Annual report of the Madras Medical College
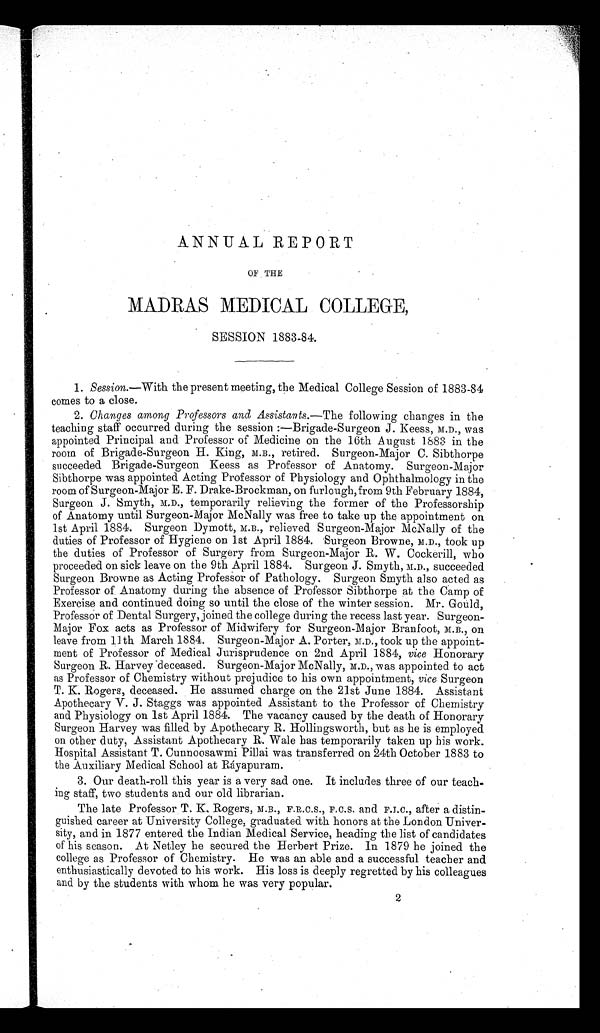
ANNUAL REPORT
OF THE
MADRAS MEDICAL COLLEGE,
SESSION 1883-84.
1. Session.—With the present meeting, the Medical College Session of 1883-84
comes to a close.
2. Changes among Professors and Assistants.— The following changes in the
teaching staff occurred during the session :—Brigade-Surgeon J. Keess, M.D., was
appointed Principal and Professor of Medicine on the 16th August 1883 in the
room of Brigade-Surgeon H. King, M.B., retired. Surgeon-Major C. Sibthorpe
succeeded Brigade-Surgeon Keess as Professor of Anatomy. Surgeon-Major
Sibthorpe was appointed Acting Professor of Physiology and Ophthalmology in the
room of Surgeon-Major E. F. Drake-Brockman, on furlough, from 9th February 1884,
Surgeon J. Smyth, M.D., temporarily relieving the former of the Professorship
of Anatomy until Surgeon-Major McNally was free to take up the appointment on
1st April 1884. Surgeon Dymott, M.B., relieved Surgeon-Major McNally of the
duties of Professor of Hygiene on 1st April 1884. Surgeon Browne, M.D., took up
the duties of Professor of Surgery from Surgeon-Major R. W. Cockerill, who
proceeded on sick leave on the 9th April 1884. Surgeon J. Smyth, M.D., succeeded
Surgeon Browne as Acting Professor of Pathology. Surgeon Smyth also acted as
Professor of Anatomy during the absence of Professor Sibthorpe at the Camp of
Exercise and continued doing so until the close of the winter session. Mr. Gould,
Professor of Dental Surgery, joined the college during the recess last year. Surgeon-
Major Fox acts as Professor of Midwifery for Surgeon-Major Branfoot, M.B., on
leave from 11th March 1884. Surgeon-Major A. Porter, M.D., took up the appoint-
ment of Professor of Medical Jurisprudence on 2nd April 1884, vice Honorary
Surgeon R. Harvey deceased. Surgeon-Major McNally, M.D., was appointed to act
as Professor of Chemistry without prejudice to his own appointment, vice Surgeon
T. K. Rogers, deceased. He assumed charge on the 21st June 1884. Assistants
Apothecary V. J. Staggs was appointed Assistant to the Professor of Chemistry
and Physiology on 1st April 1884. The vacancy caused by the death of Honorary
Surgeon Harvey was filled by Apothecary R. Hollingsworth, but as he is employed
on other duty, Assistant Apothecary R. Wale has temporarily taken up his work.
Hospital Assistant T. Cunnoosawmi Pillai was transferred on 24th October 1883 to
the Auxiliary Medical School at Ráyapuram.
3.
Our death-roll this year is a very sad one. It includes three of our teach-
ing staff. two students and our old librarian.
The late Professor T. K, Rogers, M.B., F.R.C.S., F.C.S. and F.I.C., after a distin-
guished career at University College, graduated with honors at the London Univer-
sity, and in 1877 entered the Indian Medical Service, heading the list of candidates
of his season. At Netley he secured the Herbert Prize. In 1879 he joined the
college as Professor of Chemistry. He was an able and a successful teacher and
enthusiastically devoted to his work. His loss is deeply regretted by his colleagues
and by the students with whom he was very popular.
2